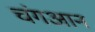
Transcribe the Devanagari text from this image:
चंगआन